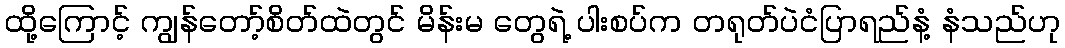
ထို့ကြောင့် ကျွန်တော့်စိတ်ထဲတွင် မိန်းမ တွေရဲ့ ပါးစပ်က တရုတ်ပဲငံပြာရည်နံ့ နံသည်ဟု